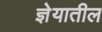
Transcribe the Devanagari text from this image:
ज्ञेयातील